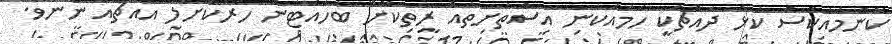
ކޮންމެއަކަސް ކަޅު ދައްޗަކީ ހަމައެކަނި އިސްތަށިތައް ރީތިކޮށް ބަހައްޓަން ހަރުކޮށްލާ އެއްޗެއް ނޫނެވެ.